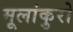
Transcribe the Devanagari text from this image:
मूलांकुरो